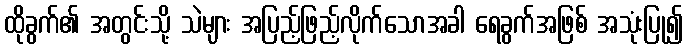
ထိုခွက်၏ အတွင်းသို့ သဲများ အပြည့်ဖြည့်လိုက်သောအခါ ရေခွက်အဖြစ် အသုံးပြု၍